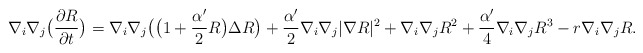
\begin{align*}\nabla_i\nabla_j\big(\frac{\partial R}{\partial t}\big)=\nabla_i\nabla_j\big(\big(1+\frac{\alpha'}{2}R\big)\Delta R\big)+\frac{\alpha'}{2}\nabla_i\nabla_j|\nabla R|^2+\nabla_i\nabla_jR^2+\frac{\alpha'}{4}\nabla_i\nabla_jR^3-r\nabla_i\nabla_jR.\end{align*}